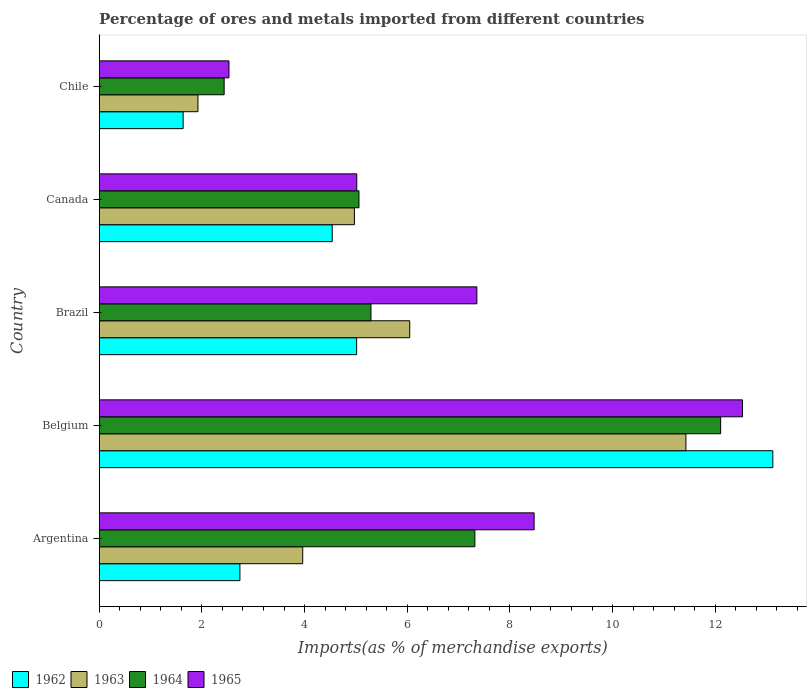
| Country | 1962 | 1963 | 1964 | 1965 |
 | --- | --- | --- | --- | --- |
 | Argentina | 2.74 | 3.96 | 7.32 | 8.47 |
 | Belgium | 13.1 | 11.4 | 12.1 | 12.5 |
 | Brazil | 5.01 | 6.05 | 5.29 | 7.36 |
 | Canada | 4.54 | 4.97 | 5.06 | 5.02 |
 | Chile | 1.63 | 1.92 | 2.43 | 2.53 |